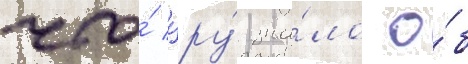
что́ цру́ зна́ло о́б